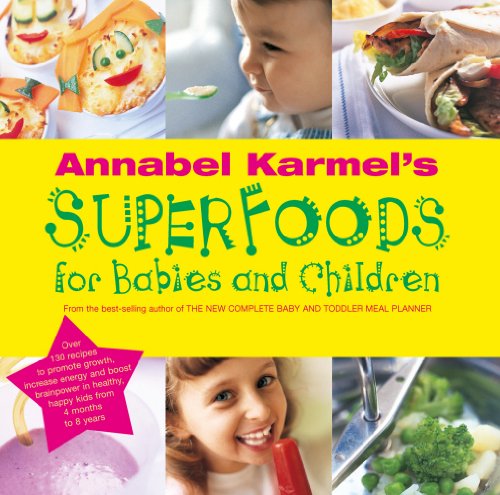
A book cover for Annabel Karmel's Superfoods for Babies and Children; Annabel Karmel; Parenting & Relationships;